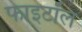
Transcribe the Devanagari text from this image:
फाइटॉल